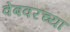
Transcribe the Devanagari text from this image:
वेबवरच्या